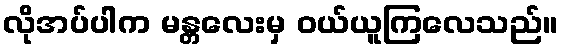
လိုအပ်ပါက မန္တလေးမှ ဝယ်ယူကြလေသည်။